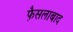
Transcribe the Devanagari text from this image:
फै़सलाबाद